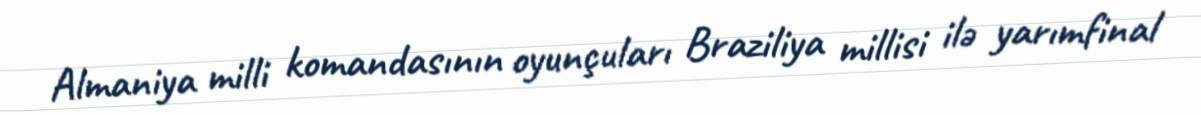
Almaniya milli komandasının oyunçuları Braziliya millisi ilə yarımfinal